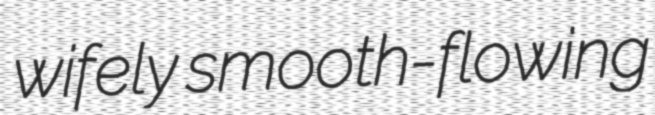
wifely smooth-flowing